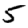
Digit: 5